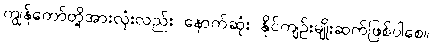
ကျွန်တော်တို့အားလုံးလည်း နောက်ဆုံး နိုင်ကျဉ်းမျိုးဆက်ဖြစ်ပါစေ။